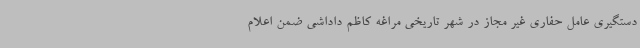
دستگیری عامل حفاری غیر مجاز در شهر تاریخی مراغه کاظم داداشی ضمن اعلام